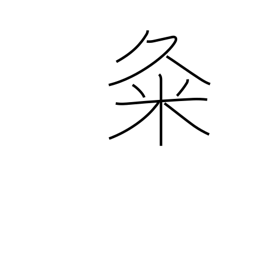
Meaning: used in proper names